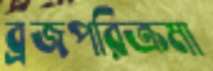
ব্রজপরিক্রমা